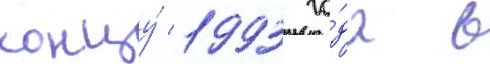
концу́ 1993 го́да в